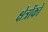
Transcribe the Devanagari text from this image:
क्षेत्रोंको